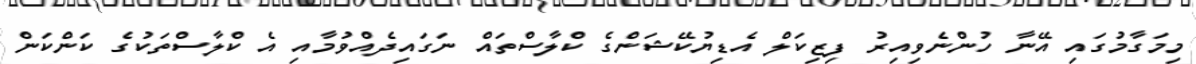
މިމަގާމުގައި އޭނާ ހުންނެވިއިރު ފިޒިކަލް އެޑިޔުކޭޝަންގެ ކްލާސްތައް ނަގައިދެއްވުމާއި އެ ކްލާސްތަކުގެ ކަންކަން